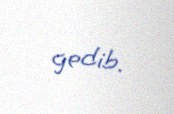
gedib.